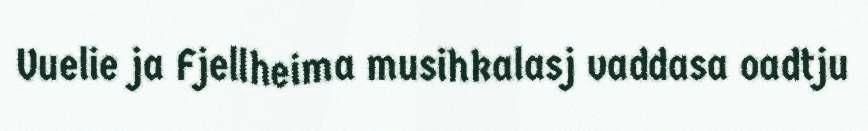
Vuelie ja Fjellheima musihkalasj vaddasa oadtju